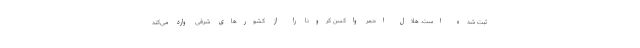
ثبت شده است. هلال احمر واکسن کرونا را از کشورهای شرقی وارد می‌کند